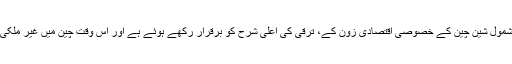
دریائے پرل کے دہانے کے گرد واقعہ علاقہ، بشمول شین چین کے خصوصی اقتصادی زون کے، ترقی کی اعلیٰ شرح کو برقرار رکھے ہوئے ہے اور اس وقت چین میں غیر ملکی اداروں کی سب سے زیادہ موجودگی رکھتا ہے۔